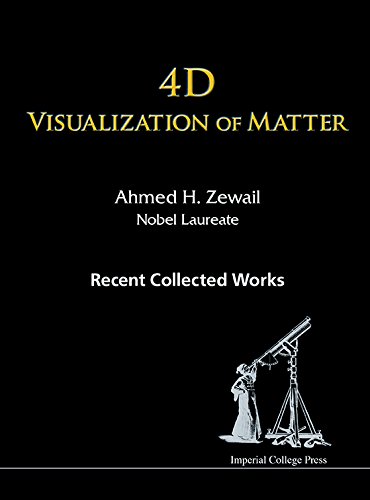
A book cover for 4D Visualization of Matter: Recent Collected Works of Ahmed H Zewail, Nobel Laureate; Ahmed H Zewail; Science & Math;